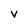
Character: V